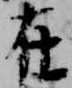
在